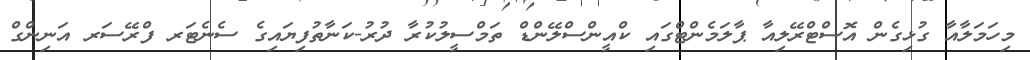
މިހަމަލާއާ ގުޅިގެން އޮސްޓްރޭލިއާ ޕާލަމެންޓްގައި ކްއީންސްލޭންޑް ތަމްސީލުކުރާ ދުރު-ކަނާތުފިޔައިގެ ސެނެޓަރ ފްރޭސަރ އަނިންގް